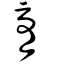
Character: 膏